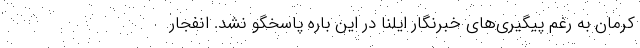
کرمان به رغم پیگیری‌های خبرنگار ایلنا در این باره پاسخگو نشد. انفجار